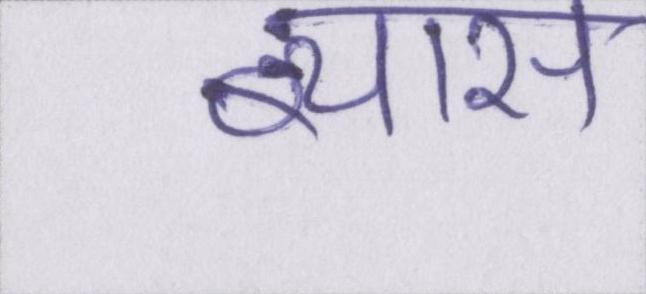
ब्यास